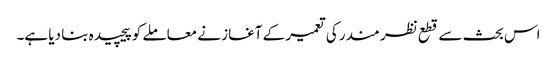
اس بحث سے قطع نظر مندر کی تعمیر کے آغاز نے معاملے کو پیچیدہ بنا دیا ہے۔